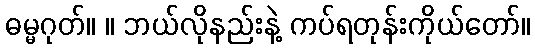
ဓမ္မဂုတ်။ ။ ဘယ်လိုနည်းနဲ့ ကပ်ရတုန်းကိုယ်တော်။